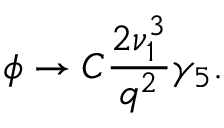
\phi \rightarrow C \frac { 2 \nu _ { 1 } ^ { 3 } } { q ^ { 2 } } \gamma _ { 5 } .